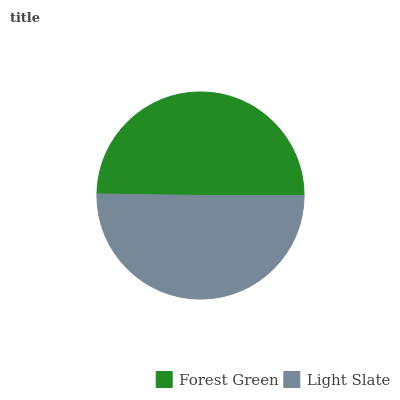
| Forest Green | Light Slate |
 | --- | --- |
 | 49.8% | 50.2% |